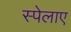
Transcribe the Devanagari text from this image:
स्पेलाए